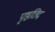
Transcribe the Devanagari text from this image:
पृष्ठछिद्र